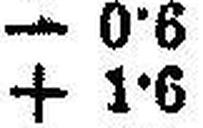
+ 1·6